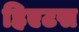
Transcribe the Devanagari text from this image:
हिएटस